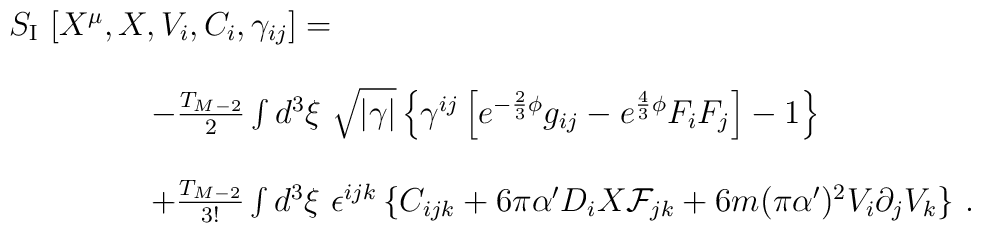
\begin{array}{rcl}S_{\rm I}\ [X^{\mu},X,V_{i},C_{i},\gamma_{ij}]= \hspace{-3cm} &  & \\& & \\& & -\frac{T_{M-2}}{2} \int d^{3}\xi\ \sqrt{|\gamma|} \left\{ \gamma^{ij} \left[ e^{-\frac{2}{3}\phi}g_{ij} -e^{\frac{4}{3}\phi} F_{i}F_{j} \right]-1\right\} \\& & \\& & +\frac{T_{M-2}}{3!}\int d^{3}\xi\ \epsilon^{ijk}\left\{C_{ijk} +6\pi \alpha^{\prime}D_{i}X{\cal F}_{jk}+6m(\pi\alpha^{\prime})^{2}V_{i}\partial_{j}V_{k} \right\}\, .\end{array}